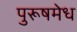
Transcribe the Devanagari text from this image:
पुरूषमेध